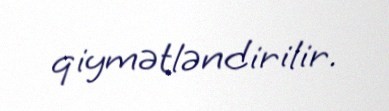
qiymətləndirilir.